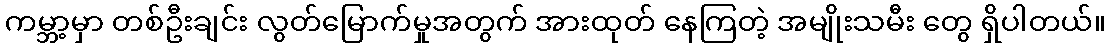
ကမ္ဘာ့မှာ တစ်ဦးချင်း လွတ်မြောက်မှုအတွက် အားထုတ် နေကြတဲ့ အမျိုးသမီး တွေ ရှိပါတယ်။